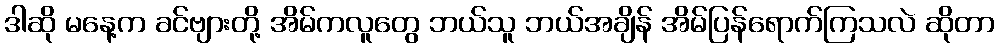
ဒါဆို မနေ့က ခင်ဗျားတို့ အိမ်ကလူတွေ ဘယ်သူ ဘယ်အချိန် အိမ်ပြန်ရောက်ကြသလဲ ဆိုတာ